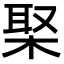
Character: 棸